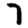
Digit: 7